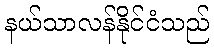
နယ်သာလန်နိုင်ငံသည်